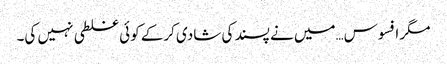
مگر افسوس…میں نے پسند کی شادی کرکے کوئی غلطی نہیں کی۔